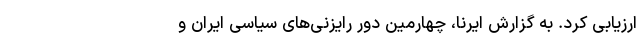
ارزیابی کرد. به گزارش ایرنا، چهارمین دور رایزنی‌های سیاسی ایران و